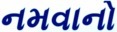
નમવાનો